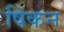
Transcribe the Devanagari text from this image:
षिकन